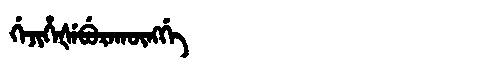
Manchu: ᡤᡝᠵᡳᡥᡝᡧᡝᠪᡠᡵᠠᡴᡡᠩᡤᡝ
Romanization: GEJIHEŠEBURAKŪNGGE